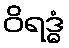
ဝိရဒ္ဓံ